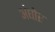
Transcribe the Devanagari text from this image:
अंघोर